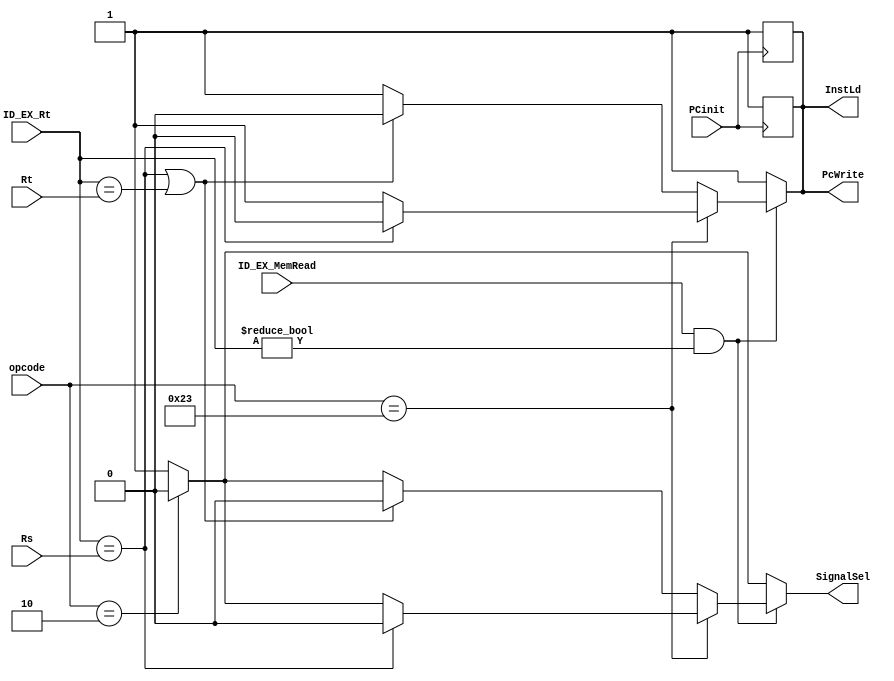
`timescale 1ns/1ns
module HazardUnit(input PCinit,ID_EX_MemRead ,input [4:0] ID_EX_Rt , Rt,Rs , input [5:0] opcode ,output reg PcWrite,InstLd,SignalSel);
  always@(opcode,ID_EX_MemRead,ID_EX_Rt,Rt,Rs)begin
    SignalSel = 1'b1;
    InstLd = 1'b1;
    PcWrite = 1'b1;
    if(opcode == 6'b000010)begin
      SignalSel = 1'b0;
    end
    if(ID_EX_MemRead == 1'b1 && ID_EX_Rt != 5'b00000)begin
      if(opcode == 6'b100011)begin
        if(ID_EX_Rt == Rs)begin
          InstLd = 1'b0;
          PcWrite = 1'b0;
          SignalSel = 1'b0;
        end
      end
      else begin
        if(ID_EX_Rt == Rs || ID_EX_Rt == Rt)begin
          InstLd = 1'b0;
          PcWrite = 1'b0;
          SignalSel = 1'b0;
        end
      end
    end
  end
  always@(posedge PCinit)begin
    InstLd = 1'b1;
    PcWrite = 1'b1;
  end
  
endmodule